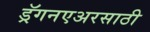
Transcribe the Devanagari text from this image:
ड्रॅगनएअरसाठी